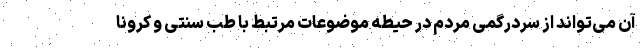
آن می‌تواند از سردرگمی مردم در حیطه موضوعات مرتبط با طب سنتی و کرونا